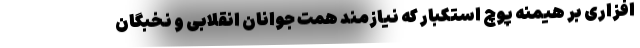
افزاری بر هیمنه پوچ استکبار که نیازمند همت جوانان انقلابی و نخبگان